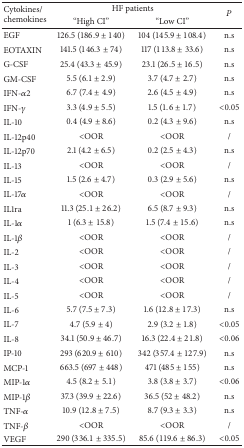
<table><thead><tr><td rowspan="2"><b>Cytokines/chemokines</b></td><td colspan="2"><b>HF patients</b></td><td rowspan="2"><b><i>P</i></b></td></tr><tr><td><b>“High CI”</b></td><td><b>“Low CI”</b></td></tr></thead><tbody><tr><td>EGF</td><td>126.5 (186.9 ± 140)</td><td>104 (145.9 ± 108.4)</td><td>n.s</td></tr><tr><td>EOTAXIN</td><td>141.5 (146.3 ± 74)</td><td>117 (113.8 ± 33.6)</td><td>n.s</td></tr><tr><td>G-CSF</td><td>25.4 (43.3 ± 45.9)</td><td>23.1 (26.5 ± 16.5)</td><td>n.s</td></tr><tr><td>GM-CSF</td><td>5.5 (6.1 ± 2.9)</td><td>3.7 (4.7 ± 2.7)</td><td>n.s</td></tr><tr><td>IFN-<i>α</i>2</td><td>6.7 (7.4 ± 4.9)</td><td>2.6 (4.5 ± 4.9)</td><td>n.s</td></tr><tr><td>IFN-<i>γ</i></td><td>3.3 (4.9 ± 5.5)</td><td>1.5 (1.6 ± 1.7)</td><td>&lt;0.05</td></tr><tr><td>IL-10</td><td>0.4 (4.9 ± 8.6)</td><td>0.2 (4.3 ± 9.6)</td><td>n.s</td></tr><tr><td>IL-12p40</td><td>&lt;OOR</td><td>&lt;OOR</td><td>/</td></tr><tr><td>IL-12p70</td><td>2.1 (4.2 ± 6.5)</td><td>0.2 (2.5 ± 4.3)</td><td>n.s</td></tr><tr><td>IL-13</td><td>&lt;OOR</td><td>&lt;OOR</td><td>/</td></tr><tr><td>IL-15</td><td>1.5 (2.6 ± 4.7)</td><td>0.3 (2.9 ± 5.6)</td><td>n.s</td></tr><tr><td>IL-17<i>α</i></td><td>&lt;OOR</td><td>&lt;OOR</td><td>/</td></tr><tr><td>IL1ra</td><td>11.3 (25.1 ± 26.2)</td><td>6.5 (8.7 ± 9.3)</td><td>n.s</td></tr><tr><td>IL-1<i>α</i></td><td>1 (6.3 ± 15.8)</td><td>1.5 (7.4 ± 15.6)</td><td>n.s</td></tr><tr><td>IL-1<i>β</i></td><td>&lt;OOR</td><td>&lt;OOR</td><td>/</td></tr><tr><td>IL-2</td><td>&lt;OOR</td><td>&lt;OOR</td><td>/</td></tr><tr><td>IL-3</td><td>&lt;OOR</td><td>&lt;OOR</td><td>/</td></tr><tr><td>IL-4</td><td>&lt;OOR</td><td>&lt;OOR</td><td>/</td></tr><tr><td>IL-5</td><td>&lt;OOR</td><td>&lt;OOR</td><td>/</td></tr><tr><td>IL-6</td><td>5.7 (7.5 ± 7.3)</td><td>1.6 (12.8 ± 17.3)</td><td>n.s</td></tr><tr><td>IL-7</td><td>4.7 (5.9 ± 4)</td><td>2.9 (3.2 ± 1.8)</td><td>&lt;0.05</td></tr><tr><td>IL-8</td><td>34.1 (50.9 ± 46.7)</td><td>16.3 (22.4 ± 21.8)</td><td>&lt;0.06</td></tr><tr><td>IP-10</td><td>293 (620.9 ± 610)</td><td>342 (357.4 ± 127.9)</td><td>n.s</td></tr><tr><td>MCP-1</td><td>663.5 (697 ± 448)</td><td>471 (485 ± 155)</td><td>n.s</td></tr><tr><td>MIP-1<i>α</i></td><td>4.5 (8.2 ± 5.1)</td><td>3.8 (3.8 ± 3.7)</td><td>&lt;0.06</td></tr><tr><td>MIP-1<i>β</i></td><td>37.3 (39.9 ± 22.6)</td><td>36.5 (52 ± 48.2)</td><td>n.s</td></tr><tr><td>TNF-<i>α</i></td><td>10.9 (12.8 ± 7.5)</td><td>8.7 (9.3 ± 3.3)</td><td>n.s</td></tr><tr><td>TNF-<i>β</i></td><td>&lt;OOR</td><td>&lt;OOR</td><td>/</td></tr><tr><td>VEGF</td><td>290 (336.1 ± 335.5)</td><td>85.6 (119.6 ± 86.3)</td><td>&lt;0.05</td></tr></tbody></table>